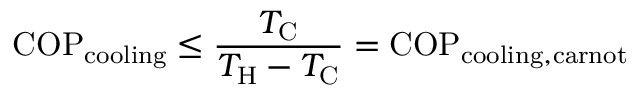
\mathrm { C O P } _ { \mathrm { c o o l i n g } } \leq { \frac { T _ { \mathrm { { C } } } } { T _ { \mathrm { { H } } } - T _ { \mathrm { { C } } } } } = \mathrm { C O P } _ { \mathrm { c o o l i n g , c a r n o t } }